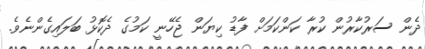
ދެން ސަރުކާރުން ކުރާ ކަންކަމަށް ފާޑު ކިޔަން ޖެހޭނީ ކަމުގެ ދެކޮޅު ބަލައިގެންނެވެ.